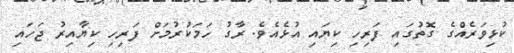
ކުޅިވަރެއްގެ ގޮތުގައި ފަރިހި ކިޔައި އުޅެއެވެ. ރާގު ހަމަކުރުމަށް ފަރިހި ކިޔާއިރު ޖަހައި